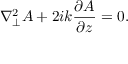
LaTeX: \nabla _ { \perp } ^ { 2 } A + 2 i k { \frac { \partial A } { \partial z } } = 0 .